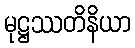
မုဋ္ဌဿတိနိယာ